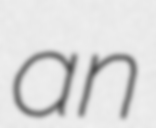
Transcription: an